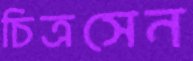
চিত্রসেন